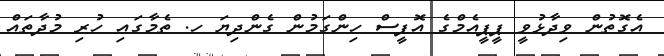
އެގޮތުން ވިދާޅުވީ ޕީޕީއެމްގެ އޮފީސް ހިންގަމުން ގެންދިޔަ ހ. ތެމާގައި ހުރި މުދާތައް